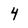
Character: 4